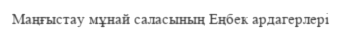
Маңғыстау мұнай саласының Еңбек ардагерлері